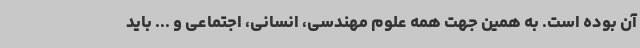
آن بوده است. به همین جهت همه علوم مهندسی، انسانی، اجتماعی و ... باید